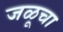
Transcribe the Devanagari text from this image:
जळूचा